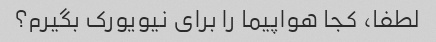
لطفا، کجا هواپیما را برای نیویورک بگیرم؟